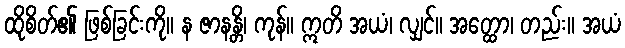
ထိုစိတ်၏ ဖြစ်ခြင်းကို။ န ဇာနန္တိ၊ ကုန်။ ဣတိ အယံ၊ လျှင်။ အတ္ထော၊ တည်း။ အယံ